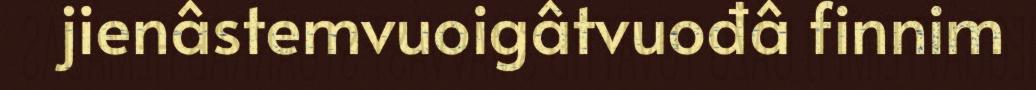
jienâstemvuoigâtvuođâ finnim